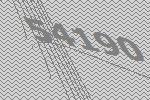
54190